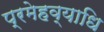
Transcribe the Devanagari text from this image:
प्रमेहव्याधि